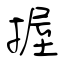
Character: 握